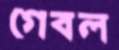
গেবল